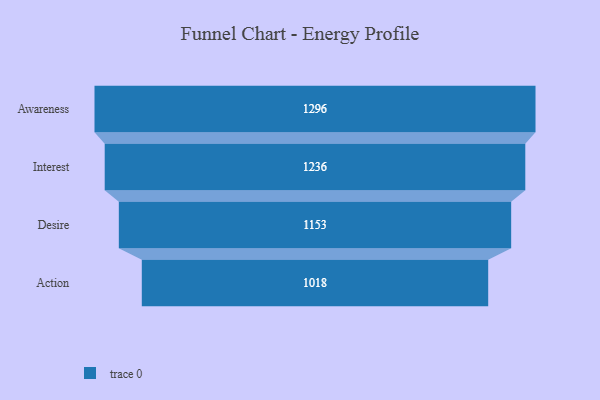
{"axis": {"x": "Stage", "y": "Value"}, "legend": [""], "data": [{"x": "Awareness", "y": 1296.0, "type": ""}, {"x": "Interest", "y": 1236.0, "type": ""}, {"x": "Desire", "y": 1153.0, "type": ""}, {"x": "Action", "y": 1018.0, "type": ""}]}